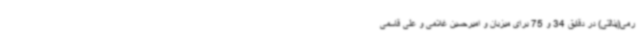
رمی(پنالتی) در دقایق 34 و 75 برای میزبان و امیرحسین غلامی و علی قاسمی